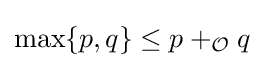
\max\{p,q\}\leq p+_{\mathcal {O}}q